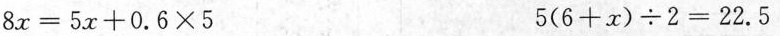
$$8 x = 5 x + 0 . 6 \times 5$$ $$5 ( 6 + x ) \div 2 = 2 2 . 5$$